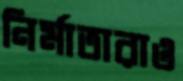
নির্মাতারাও